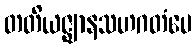
တတိယဇ္ဈာနသဟဂတံပေ